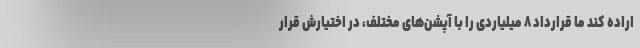
اراده کند ما قرارداد ۸ میلیاردی را با آپشن‌های مختلف، در اختیارش قرار